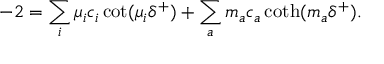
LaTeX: - 2 = \sum _ { i } \mu _ { i } c _ { i } \cot ( \mu _ { i } \delta ^ { + } ) + \sum _ { a } m _ { a } c _ { a } \coth ( m _ { a } \delta ^ { + } ) .